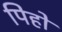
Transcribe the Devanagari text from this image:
पिहो